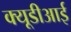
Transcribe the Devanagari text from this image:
क्यूडीआई